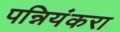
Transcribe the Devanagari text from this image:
पन्नियंकरा